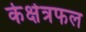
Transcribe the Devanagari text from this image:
केक्षेत्रफल